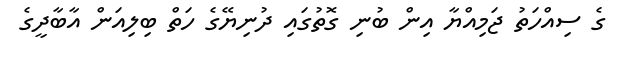
ގެ ސިއްހަތު ޖަމިއްޔާ އިން ބުނި ގޮތުގައި ދުނިޔޭގެ ހަތް ބިލިއަން އާބާދީގެ